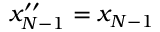
x _ { N - 1 } ^ { \prime \prime } = x _ { N - 1 }